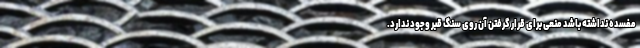
مفسده نداشته باشد منعی برای قرار گرفتن آن روی سنگ قبر وجود ندارد.